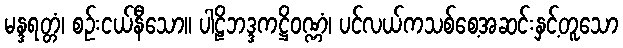
မန္ဒရတ္တံ၊ စဉ်းငယ်နီသော။ ပါဠိဘဒ္ဒကဋ္ဌိဝဏ္ဏံ၊ ပင်လယ်ကသစ်စေ့အဆင်းနှင့်တူသော